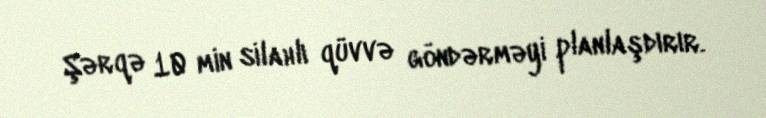
Şərqə 10 min silahlı qüvvə göndərməyi planlaşdırır.